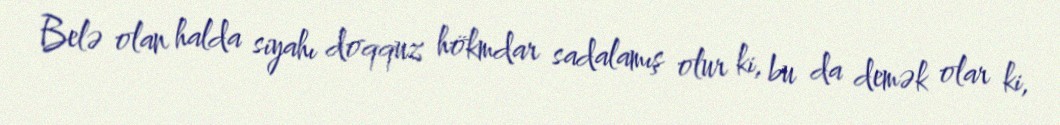
Belə olan halda siyahı doqquz hökmdar sadalamış olur ki, bu da demək olar ki,